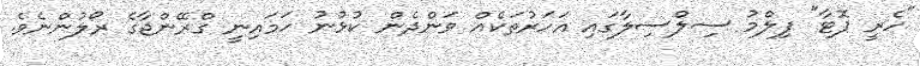
"ހެރީ ޕޮޓާ" ފިލްމު ސިލްސިލާގައި އަހަރުތަކެއް ވަންދެން ކުޅުނު ހަމައިނީ ގްރޭންޖާގެ ރޯލުންނެވެ.